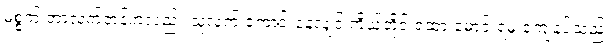
မစ္စက် တာလက်တန်ကလည်း သူ့လက် ကောင်းနေလျှင် ကိုယ်တိုင် ရထားမောင်းရမှ ကျေနပ်သည်။